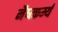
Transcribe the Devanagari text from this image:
नैष्त्कर्म्य